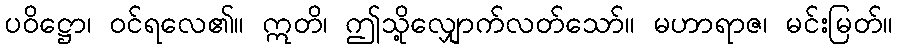
ပဝိဋ္ဌော၊ ဝင်ရလေ၏။ ဣတိ၊ ဤသို့လျှောက်လတ်သော်။ မဟာရာဇ၊ မင်းမြတ်။